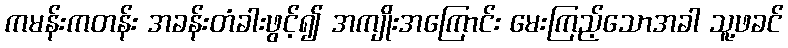
ကမန်းကတန်း အခန်းတံခါးဖွင့်၍ အကျိုးအကြောင်း မေးကြည့်သောအခါ သူ့ဖခင်